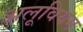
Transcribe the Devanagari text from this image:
अलूवियम